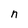
Character: n